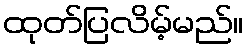
ထုတ်ပြလိမ့်မည်။